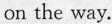
on the way.